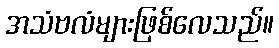
အသံဗလံများဖြစ်လေသည်။